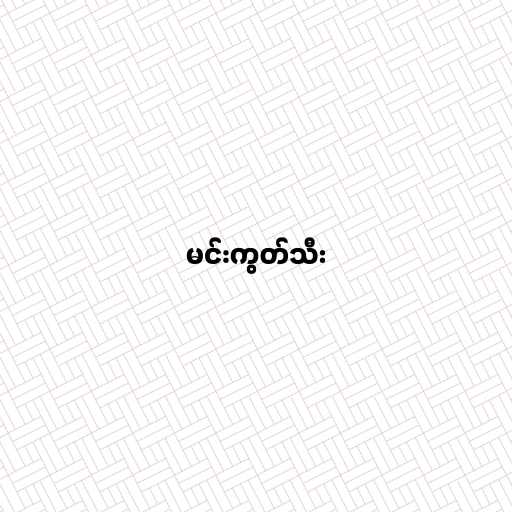
မင်းကွတ်သီး